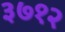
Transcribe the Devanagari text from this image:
३७१२